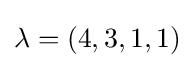
\lambda =(4,3,1,1)